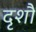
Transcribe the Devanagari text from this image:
दृशौ